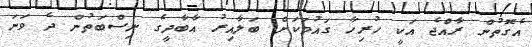
އެގޮތުން ރާއްޖެ އަކީ ހުރިހާ ގައުމަކަށް ބަލާއިރު އާބާދީގެ ނިސްބަތުން ދެ ވަނަ